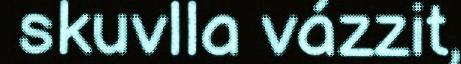
skuvlla vázzit,